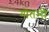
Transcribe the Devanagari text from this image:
गोतमी